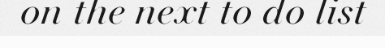
on the next to do list